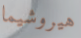
هيروشيما